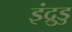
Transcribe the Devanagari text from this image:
इंद्रुडु